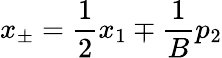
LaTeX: x_{\pm}=\frac{1}{2}x_{1}\mp\frac{1}{B}p_{2}